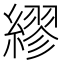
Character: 繆